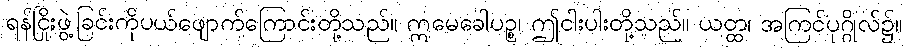
ရန်ငြိုးဖွဲ့ခြင်းကိုပယ်ဖျောက်ကြောင်းတို့သည်။ ဣမေခေါပဉ္စ၊ ဤငါးပါးတို့သည်။ ယတ္ထ၊ အကြင်ပုဂ္ဂိုလ်၌။